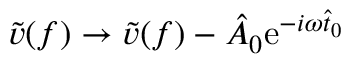
\tilde { v } ( f ) \to \tilde { v } ( f ) - \hat { A } _ { 0 } \mathrm { e } ^ { - i \omega \hat { t } _ { 0 } }